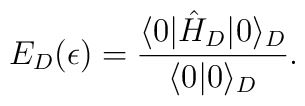
E_D(\epsilon)={\langle 0|\hat H_D|0\rangle_D \over\langle 0| 0\rangle_D}.